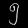
Digit: ၅